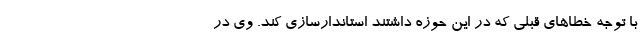
با توجه خطاهای قبلی که در این حوزه داشتند استاندارسازی کند. وی در